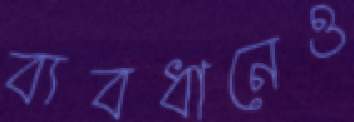
ব্যবধানেও